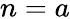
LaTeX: {n=a}